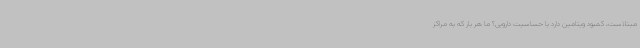
مبتلاست، کمبود ویتامین دارد یا حساسیت دارویی؟ ما هر بار که به مراکز